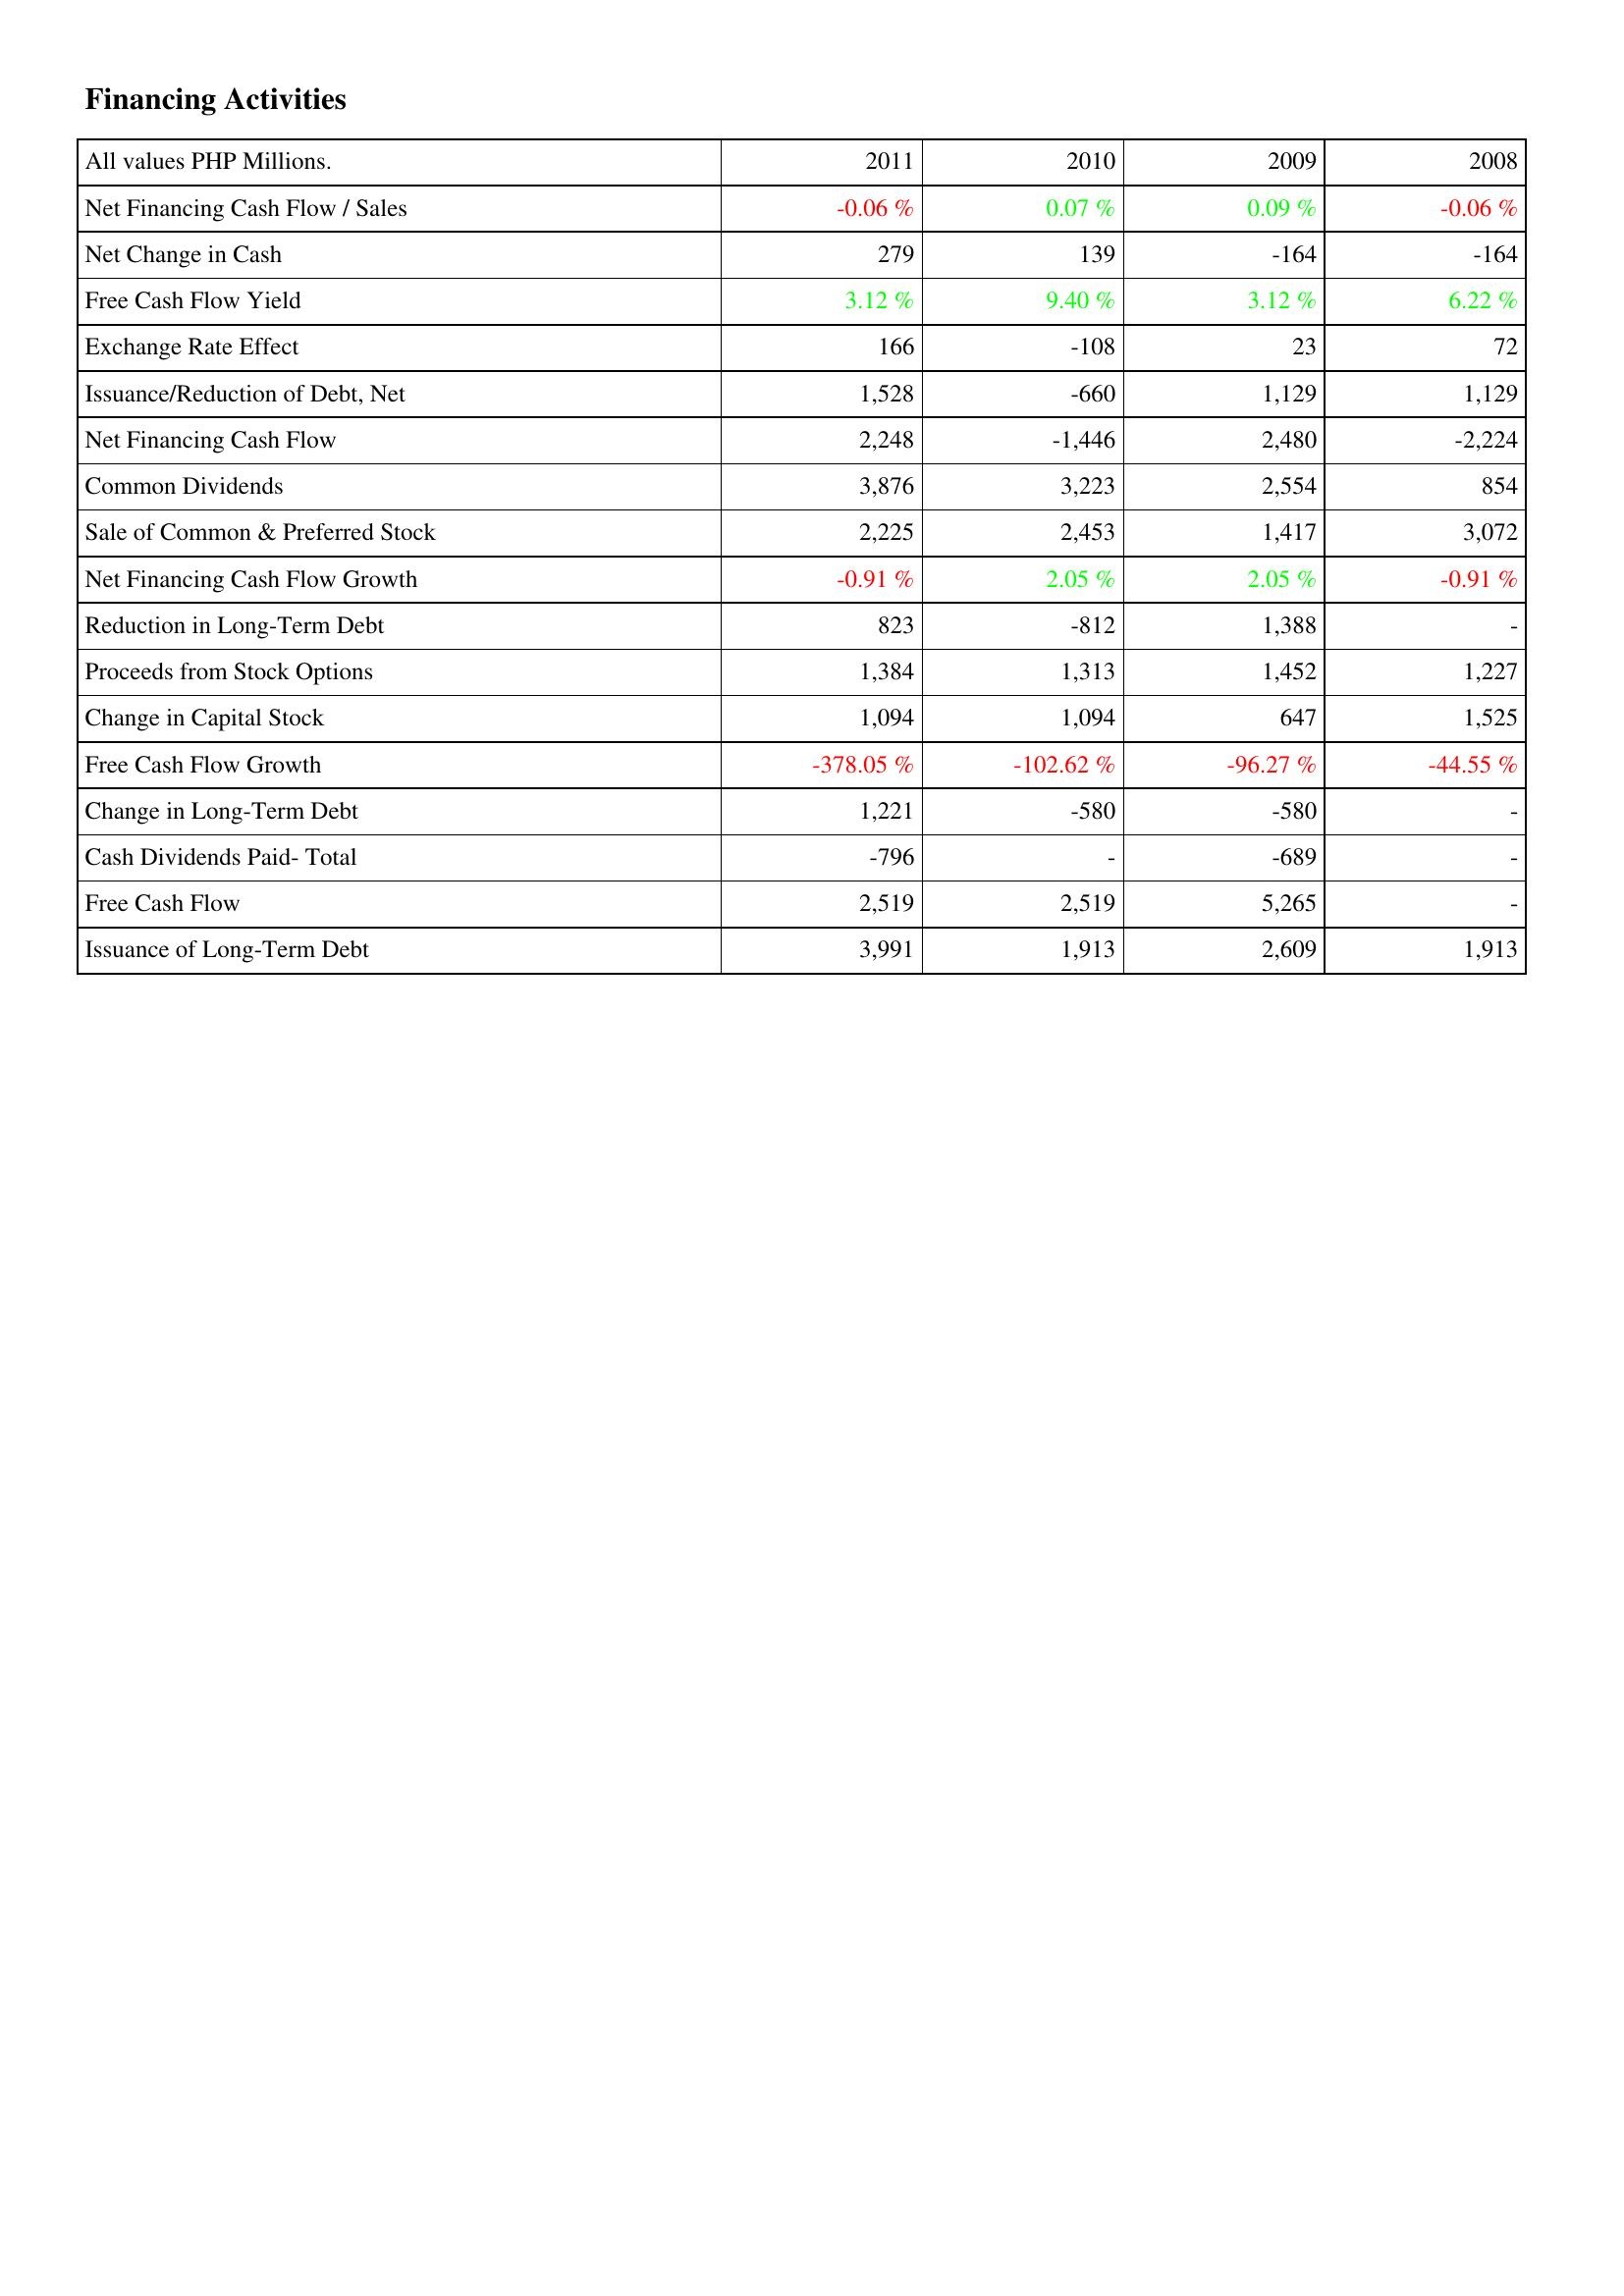
2011: Financing Activities: Net Financing Cash Flow / Sales: -0.06 %
Net Change in Cash: 279
Free Cash Flow Yield: 3.12 %
Exchange Rate Effect: 166
Issuance/Reduction of Debt, Net: 1,528
Net Financing Cash Flow: 2,248
Common Dividends: 3,876
Sale of Common & Preferred Stock: 2,225
Net Financing Cash Flow Growth: -0.91 %
Reduction in Long-Term Debt: 823
Proceeds from Stock Options: 1,384
Change in Capital Stock: 1,094
Free Cash Flow Growth: -378.05 %
Change in Long-Term Debt: 1,221
Cash Dividends Paid- Total: -796
Free Cash Flow: 2,519
Issuance of Long-Term Debt: 3,991
2010: Financing Activities: Net Financing Cash Flow / Sales: 0.07 %
Net Change in Cash: 139
Free Cash Flow Yield: 9.40 %
Exchange Rate Effect: -108
Issuance/Reduction of Debt, Net: -660
Net Financing Cash Flow: -1,446
Common Dividends: 3,223
Sale of Common & Preferred Stock: 2,453
Net Financing Cash Flow Growth: 2.05 %
Reduction in Long-Term Debt: -812
Proceeds from Stock Options: 1,313
Change in Capital Stock: 1,094
Free Cash Flow Growth: -102.62 %
Change in Long-Term Debt: -580
Cash Dividends Paid- Total: -
Free Cash Flow: 2,519
Issuance of Long-Term Debt: 1,913
2009: Financing Activities: Net Financing Cash Flow / Sales: 0.09 %
Net Change in Cash: -164
Free Cash Flow Yield: 3.12 %
Exchange Rate Effect: 23
Issuance/Reduction of Debt, Net: 1,129
Net Financing Cash Flow: 2,480
Common Dividends: 2,554
Sale of Common & Preferred Stock: 1,417
Net Financing Cash Flow Growth: 2.05 %
Reduction in Long-Term Debt: 1,388
Proceeds from Stock Options: 1,452
Change in Capital Stock: 647
Free Cash Flow Growth: -96.27 %
Change in Long-Term Debt: -580
Cash Dividends Paid- Total: -689
Free Cash Flow: 5,265
Issuance of Long-Term Debt: 2,609
2008: Financing Activities: Net Financing Cash Flow / Sales: -0.06 %
Net Change in Cash: -164
Free Cash Flow Yield: 6.22 %
Exchange Rate Effect: 72
Issuance/Reduction of Debt, Net: 1,129
Net Financing Cash Flow: -2,224
Common Dividends: 854
Sale of Common & Preferred Stock: 3,072
Net Financing Cash Flow Growth: -0.91 %
Reduction in Long-Term Debt: -
Proceeds from Stock Options: 1,227
Change in Capital Stock: 1,525
Free Cash Flow Growth: -44.55 %
Change in Long-Term Debt: -
Cash Dividends Paid- Total: -
Free Cash Flow: -
Issuance of Long-Term Debt: 1,913